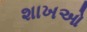
શાખઓ